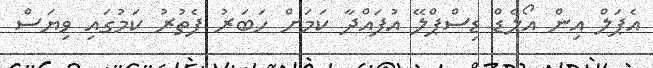
އެޕަލް އިން އޯލެޑް ޑިސްޕްލޭ އުފައްދާ ކަމަށް ހަބަރު ފެތުރު ކަމުގައި ވިޔަސް